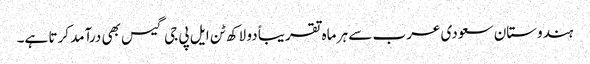
ہندوستان سعودی عرب سے ہر ماہ تقریباً دو لاکھ ٹن ایل پی جی گیس بھی درآمد کرتا ہے۔